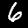
Label: 6